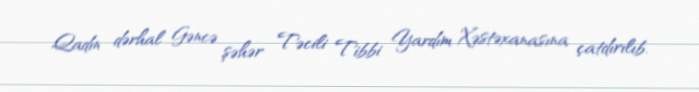
Qadın dərhal Gəncə şəhər Təcili Tibbi Yardım Xəstəxanasına çatdırılıb.